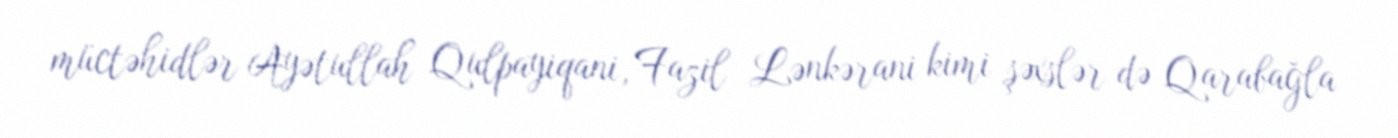
müctəhidlər Ayətullah Qulpayiqani, Fazil Lənkərani kimi şəxslər də Qarabağla